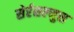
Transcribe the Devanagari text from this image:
सेर्रसल्मुस